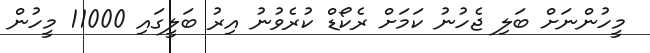
މީހުންނަށް ބަލި ޖެހުނު ކަމަށް ރެކޯޑް ކުރެވުނު އިރު ބަލީގައި 11000 މީހުން